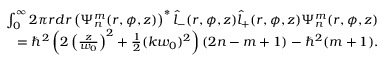
\begin{array} { r l r } & { } & { \int _ { 0 } ^ { \infty } 2 \pi r d r \left( \Psi _ { n } ^ { m } ( r , \phi , z ) \right) ^ { * } \hat { l } _ { - } ( r , \phi , z ) \hat { l } _ { + } ( r , \phi , z ) \Psi _ { n } ^ { m } ( r , \phi , z ) } \\ & { } & { = \hbar ^ { 2 } \left( 2 \left( \frac { z } { w _ { 0 } } \right) ^ { 2 } + \frac { 1 } { 2 } ( k w _ { 0 } ) ^ { 2 } \right) ( 2 n - m + 1 ) - \hbar ^ { 2 } ( m + 1 ) . } \end{array}